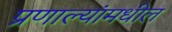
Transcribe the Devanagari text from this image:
प्रणाल्यांमधील